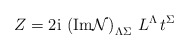
\begin{align*}Z= 2\mbox{i}\, \left( \mbox{Im} {\cal N}\right)_{\Lambda\Sigma} \, L^\Lambda \, t^\Sigma \end{align*}